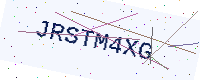
Text: JRSTM4XG